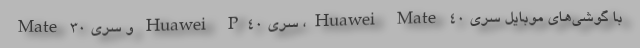
با گوشی‌های موبایل سری Huawei Mate 40، سری Huawei P40 و سری Mate 30